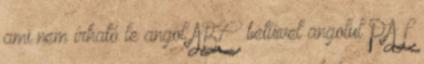
ami nem írható le angol ABC betűivel angolul PAL